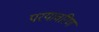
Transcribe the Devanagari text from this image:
परयावरिण